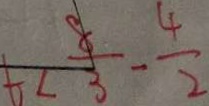
t < \frac { 8 } { 3 } - \frac { 4 } { 2 }